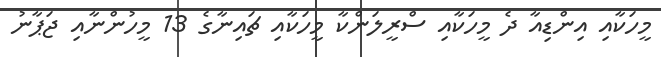
މީހަކާއި އިންޑިއާ ދެ މީހަކާއި ސްރީލަންކާ މީހަކާއި ޗައިނާގެ 13 މީހުންނާއި ޖަޕާނު